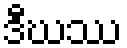
ဒီဃဿ